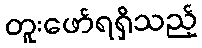
တူးဖော်ရရှိသည့်